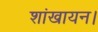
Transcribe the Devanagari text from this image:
शांखायन।